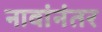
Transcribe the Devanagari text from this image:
नावांनंतर